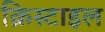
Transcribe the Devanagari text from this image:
क्रिस्टाइल